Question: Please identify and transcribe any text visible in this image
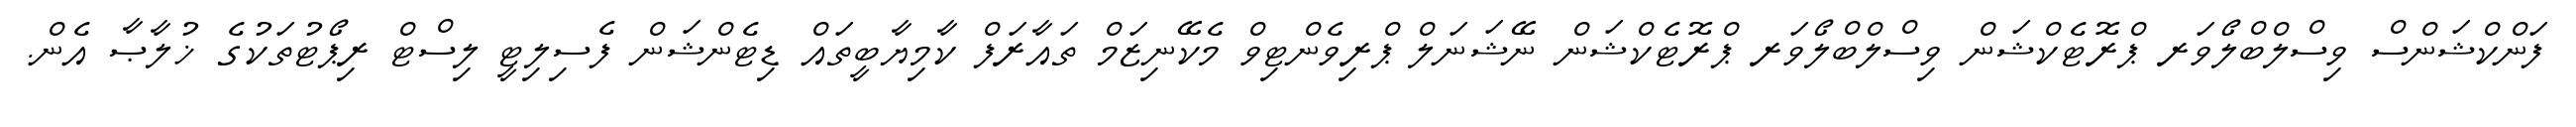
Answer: ފަންކްޝަންސް ވިސްލްބްލޯވަރ ޕްރޮޓެކްޝަން ވިސްލްބްލޯވަރ ޕްރޮޓެކްޝަން ނޭޝަނަލް ޕްރިވެންޓިވް މެކޭނިޒަމް ތައާރަފް ކާމިޔާބީތައް ޑިޓެންޝަން ފެސިލިޓީ ލިސްޓް ރިޕޯޓުތަކުގެ ޚުލާޞާ އެން.